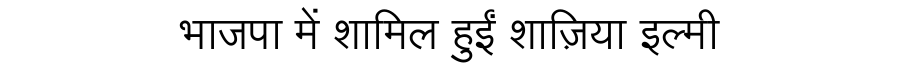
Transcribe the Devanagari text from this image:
भाजपा में शामिल हुईं शाज़िया इल्मी